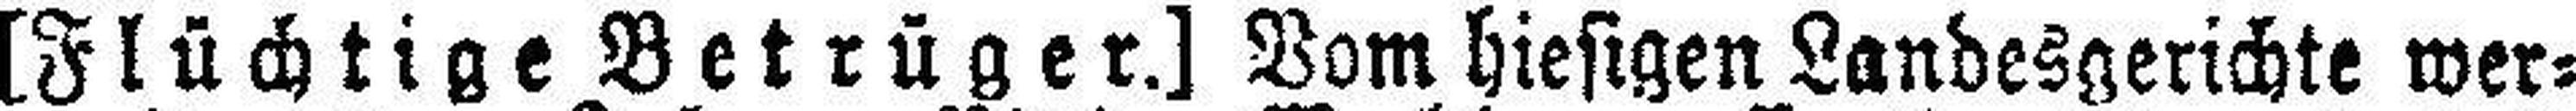
[Flüchtige Betrüger.] Vom hiesigen Landesgerichte wer¬